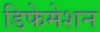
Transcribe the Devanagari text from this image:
डिफेमेशन